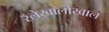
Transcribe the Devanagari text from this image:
रॅलेखालोखाल